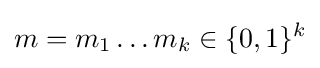
m=m_{1}\ldots m_{k}\in \{0,1\}^{k}